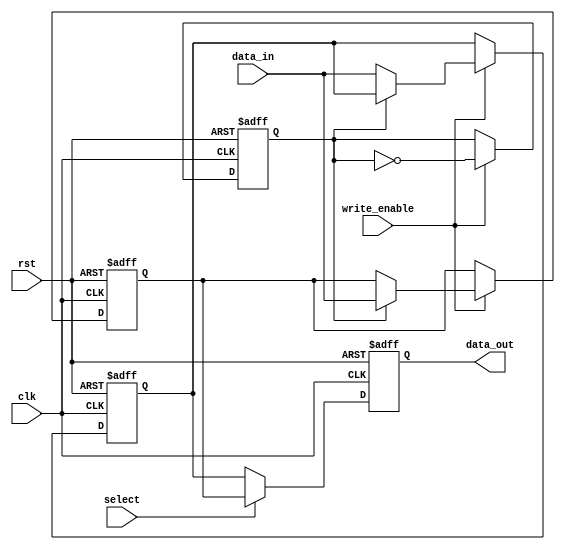
module double_buffer_register (
    input wire clk,
    input wire rst,
    input wire write_enable,
    input wire [31:0] data_in,
    input wire select,
    output reg [31:0] data_out
);

    reg [31:0] buffer0; // First buffer register
    reg [31:0] buffer1; // Second buffer register
    reg current_buffer;  // Toggle between buffer0 and buffer1

    always @(posedge clk or posedge rst) begin
        if (rst) begin
            // Asynchronous reset
            buffer0 <= 32'b0;
            buffer1 <= 32'b0;
            current_buffer <= 1'b0; // Start with buffer0
            data_out <= 32'b0;
        end else begin
            if (write_enable) begin
                // Write to the inactive buffer
                if (~current_buffer) begin
                    buffer0 <= data_in; // Write to buffer0
                end else begin
                    buffer1 <= data_in; // Write to buffer1
                end
                // Toggle the current buffer to the other buffer
                current_buffer <= ~current_buffer;
            end
            
            // Assign data_out based on the selected buffer
            if (select) begin
                data_out <= buffer1; // Output from buffer1
            end else begin
                data_out <= buffer0; // Output from buffer0
            end
        end
    end

endmodule